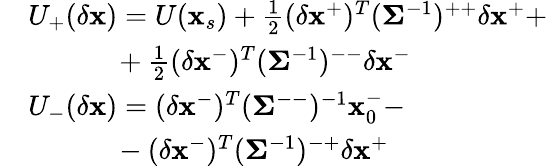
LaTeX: \begin{array}{rl}&{U_{+}(\delta\mathbf{x})=U(\mathbf{x}_{s})+\frac{1}{2}(\delta\mathbf{x}^{+})^{T}(\mathbf{\Sigma}^{-1})^{++}\delta\mathbf{x}^{+}+}\\ &{\ \ \ \ \ \ \ \ \ \ \ \ +\frac{1}{2}(\delta\mathbf{x}^{-})^{T}(\mathbf{\Sigma}^{-1})^{--}\delta\mathbf{x}^{-}}\\ &{U_{-}(\delta\mathbf{x})=(\delta\mathbf{x}^{-})^{T}(\mathbf{\Sigma}^{--})^{-1}\mathbf{x}_{0}^{-}-}\\ &{\ \ \ \ \ \ \ \ \ \ \ \ -(\delta\mathbf{x}^{-})^{T}(\mathbf{\Sigma}^{-1})^{-+}\delta\mathbf{x}^{+}}\end{array}